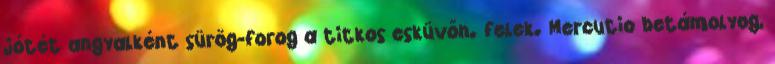
jótét angyalként sürög-forog a titkos esküvőn. felek. Mercutio betámolyog,